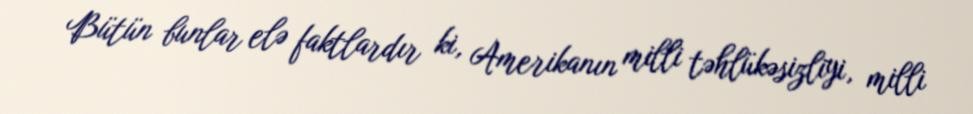
Bütün bunlar elə faktlardır ki, Amerikanın milli təhlükəsizliyi, milli